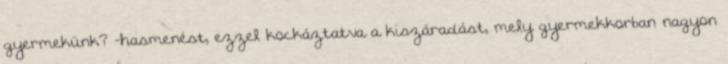
gyermekünk? -hasmenést, ezzel kockáztatva a kiszáradást, mely gyermekkorban nagyon